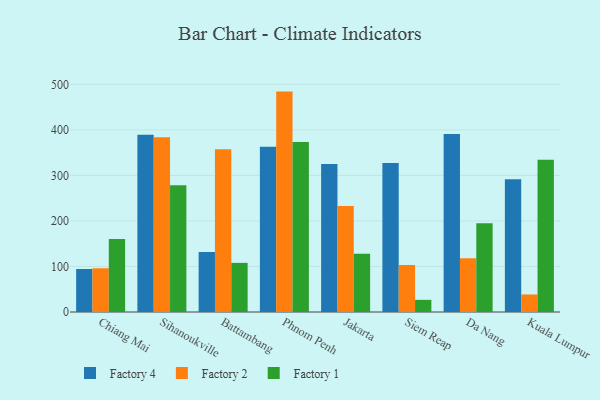
{"axis": {"x": "City", "y": "Conversion Rate (%)"}, "legend": ["Factory 1", "Factory 2", "Factory 4"], "data": [{"x": "Chiang Mai", "y": 94.4, "type": "Factory 4"}, {"x": "Chiang Mai", "y": 96.1, "type": "Factory 2"}, {"x": "Chiang Mai", "y": 160.4, "type": "Factory 1"}, {"x": "Sihanoukville", "y": 389.4, "type": "Factory 4"}, {"x": "Sihanoukville", "y": 384.1, "type": "Factory 2"}, {"x": "Sihanoukville", "y": 278.2, "type": "Factory 1"}, {"x": "Battambang", "y": 131.6, "type": "Factory 4"}, {"x": "Battambang", "y": 357.4, "type": "Factory 2"}, {"x": "Battambang", "y": 107.9, "type": "Factory 1"}, {"x": "Phnom Penh", "y": 363.1, "type": "Factory 4"}, {"x": "Phnom Penh", "y": 484.1, "type": "Factory 2"}, {"x": "Phnom Penh", "y": 373.6, "type": "Factory 1"}, {"x": "Jakarta", "y": 325.2, "type": "Factory 4"}, {"x": "Jakarta", "y": 232.7, "type": "Factory 2"}, {"x": "Jakarta", "y": 128.1, "type": "Factory 1"}, {"x": "Siem Reap", "y": 327.3, "type": "Factory 4"}, {"x": "Siem Reap", "y": 103.3, "type": "Factory 2"}, {"x": "Siem Reap", "y": 26.7, "type": "Factory 1"}, {"x": "Da Nang", "y": 391.2, "type": "Factory 4"}, {"x": "Da Nang", "y": 117.9, "type": "Factory 2"}, {"x": "Da Nang", "y": 195.2, "type": "Factory 1"}, {"x": "Kuala Lumpur", "y": 291.7, "type": "Factory 4"}, {"x": "Kuala Lumpur", "y": 38.5, "type": "Factory 2"}, {"x": "Kuala Lumpur", "y": 334.5, "type": "Factory 1"}]}